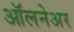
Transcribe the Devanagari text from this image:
ऑलनेअर